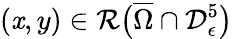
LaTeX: (\mathit{x},y)\in\mathcal{{R}}\big(\overline{{{\Omega}}}\cap\mathcal{{D}}_{\epsilon}^{5}\big)